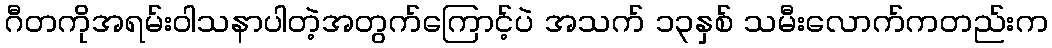
ဂီတကိုအရမ်းဝါသနာပါတဲ့အတွက်ကြောင့်ပဲ အသက် ၁၃နှစ် သမီးလောက်ကတည်းက